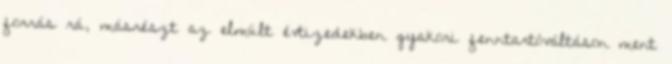
forrás rá, másrészt az elmúlt évtizedekben gyakori fenntartóváltáson ment